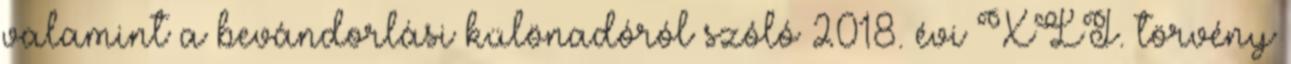
valamint a bevándorlási különadóról szóló 2018. évi XLI. törvény